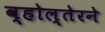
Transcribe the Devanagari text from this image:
व्होल्तेरने